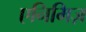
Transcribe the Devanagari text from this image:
एनिमिज़